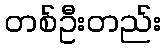
တစ်ဦးတည်း